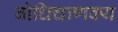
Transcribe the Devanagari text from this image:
बोधिचाणक्य